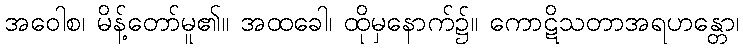
အဝေါစ၊ မိန့်တော်မူ၏။ အထခေါ၊ ထိုမှနောက်၌။ ကောဋိသတာအရဟန္တော၊